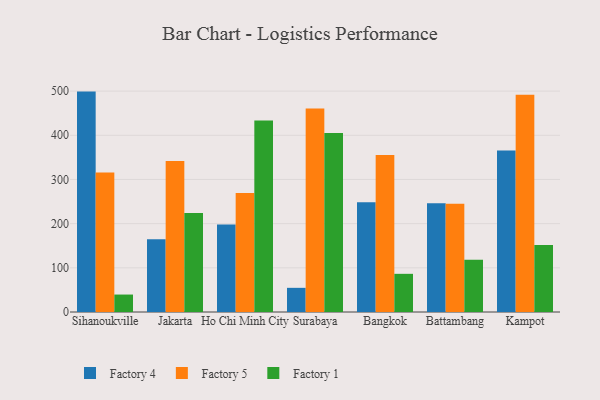
{"axis": {"x": "City", "y": "Backlog"}, "legend": ["Factory 1", "Factory 4", "Factory 5"], "data": [{"x": "Sihanoukville", "y": 498.9, "type": "Factory 4"}, {"x": "Sihanoukville", "y": 316.0, "type": "Factory 5"}, {"x": "Sihanoukville", "y": 39.5, "type": "Factory 1"}, {"x": "Jakarta", "y": 164.6, "type": "Factory 4"}, {"x": "Jakarta", "y": 341.6, "type": "Factory 5"}, {"x": "Jakarta", "y": 224.3, "type": "Factory 1"}, {"x": "Ho Chi Minh City", "y": 197.9, "type": "Factory 4"}, {"x": "Ho Chi Minh City", "y": 269.2, "type": "Factory 5"}, {"x": "Ho Chi Minh City", "y": 433.5, "type": "Factory 1"}, {"x": "Surabaya", "y": 54.7, "type": "Factory 4"}, {"x": "Surabaya", "y": 460.7, "type": "Factory 5"}, {"x": "Surabaya", "y": 405.0, "type": "Factory 1"}, {"x": "Bangkok", "y": 248.2, "type": "Factory 4"}, {"x": "Bangkok", "y": 355.5, "type": "Factory 5"}, {"x": "Bangkok", "y": 86.4, "type": "Factory 1"}, {"x": "Battambang", "y": 246.1, "type": "Factory 4"}, {"x": "Battambang", "y": 244.8, "type": "Factory 5"}, {"x": "Battambang", "y": 118.4, "type": "Factory 1"}, {"x": "Kampot", "y": 365.5, "type": "Factory 4"}, {"x": "Kampot", "y": 491.7, "type": "Factory 5"}, {"x": "Kampot", "y": 151.8, "type": "Factory 1"}]}